Vaccination report Assam 1874-1896 - 1874-1896
Year: 1874
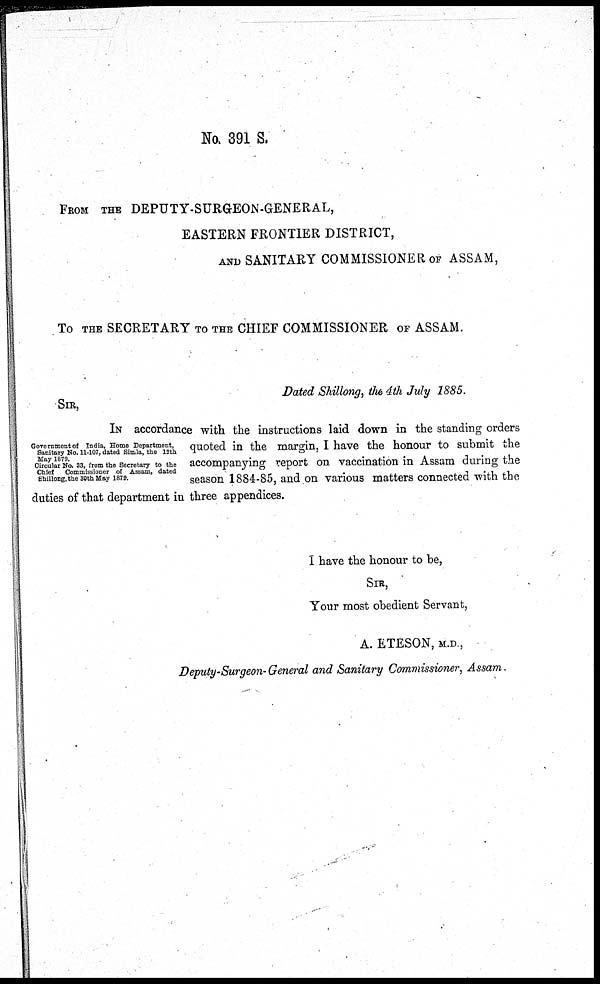
No. 391 S.
FROM THE DEPUTY-SURGEON-GENERAL,
EASTERN FRONTIER DISTRICT,
AND SANITARY COMMISSIONER OF ASSAM,
To THE SECRETARY TO THE CHIEF COMMISSIONER OF ASSAM.
Dated Shillong, the 4th July 1885.
SIR,
Government of India, Home Department,
Sanitary No. 11-107, dated Simla, the 12th
May 1879.
Circular No. 33, from the Secretary to the
Chief
Commissioner of Assam, dated
Shillong, the 80th May 1879.
IN accordance with the instructions laid down in the standing orders
quoted in the margin, I have the honour to submit the
accompanying report on vaccination in Assam during the
season 1884-85, and on various matters connected with the
duties of that department in three appendices.
I have the honour to be,
SIR,
Your most obedient Servant,
A. ETESON, M.D.,
Deputy-Surgeon-General and Sanitary Commissioner, Assam.